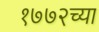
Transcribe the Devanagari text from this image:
१७७२च्या